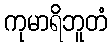
ကုမာရိဘူတံ